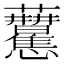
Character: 𧆒